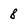
Character: 8